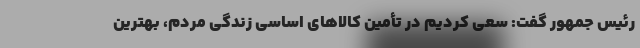
رئیس جمهور گفت: سعی کردیم در تأمین کالاهای اساسی زندگی مردم، بهترین